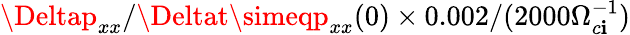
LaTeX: \Deltap_{xx}/\Deltat\simeqp_{xx}(0)\times0.002/(2000\Omega_{c\mathbf{i}}^{-1})